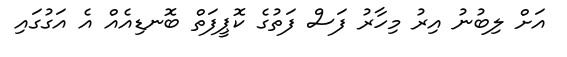
އަށް ލިބުނު އިރު މިހާރު ފަސް ފަތުގެ ކޮޕީފަތް ބޮނޑިއެއް އެ އަގުގައި